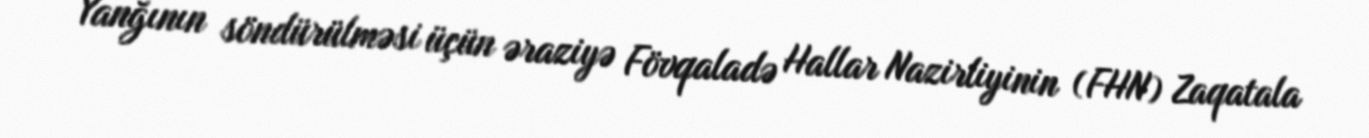
Yanğının söndürülməsi üçün əraziyə Fövqaladə Hallar Nazirliyinin (FHN) Zaqatala